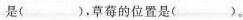
是()，草莓的位置是() 。